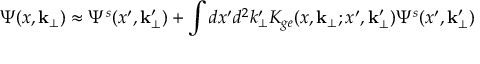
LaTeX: \Psi ( x , { \bf k _ { \bot } } ) \approx \Psi ^ { s } ( x ^ { \prime } , { \bf k _ { \bot } ^ { \prime } } ) + \int d x ^ { \prime } d ^ { 2 } k _ { \bot } ^ { \prime } K _ { g e } ( x , { \bf k _ { \bot } } ; x ^ { \prime } , { \bf k _ { \bot } ^ { \prime } } ) \Psi ^ { s } ( x ^ { \prime } , { \bf k _ { \bot } ^ { \prime } } )